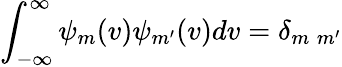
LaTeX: \int_{-\infty}^{\infty}\psi_{m}(v)\psi_{m^{\prime}}(v)dv=\delta_{m\; m^{\prime}}